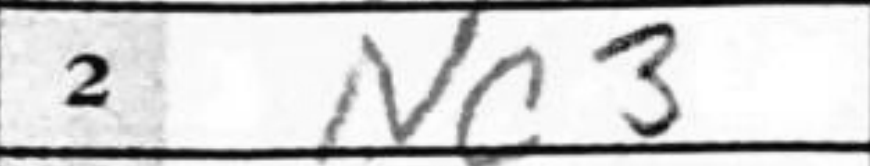
Transcription: Nc3